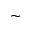
\sim